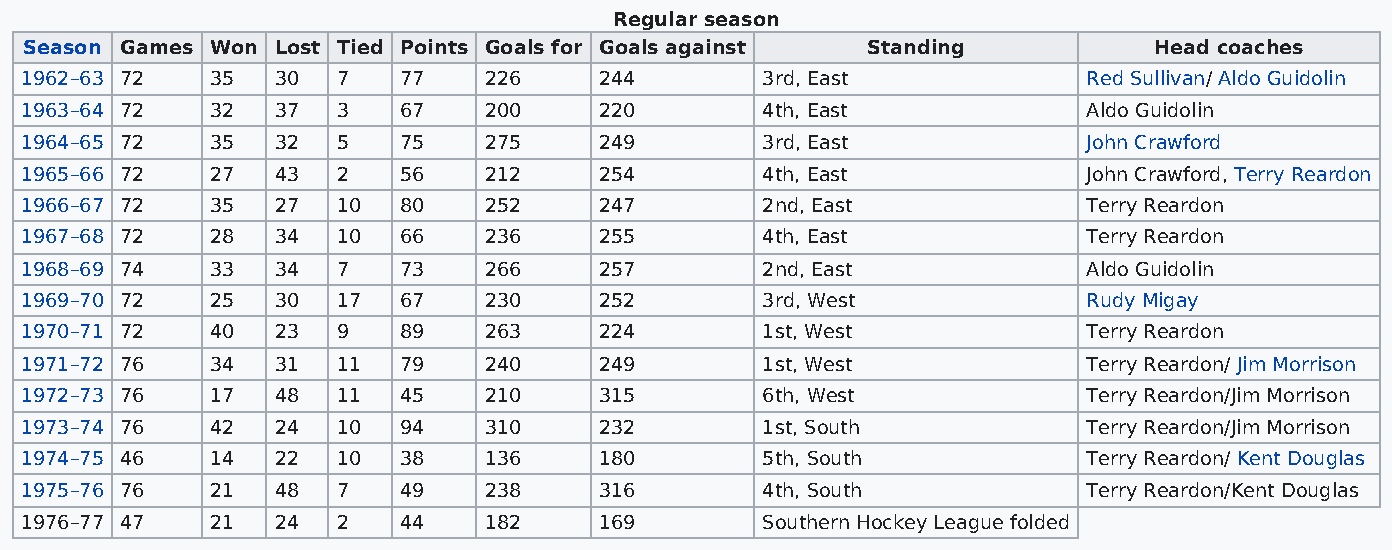
Regular season
 Season Games Won Lost Tied Points Goals for Goals against Standing        Head coaches
 1962–63 72   35  30  7   77    226     244       3rd, East             Red Sullivan/ Aldo Guidolin
 1963–64 72   32  37  3   67    200     220       4th, East             Aldo Guidolin
 1964–65 72   35  32  5   75    275     249       3rd, East             John Crawford
 1965–66 72   27  43  2   56    212     254       4th, East             John Crawford, Terry Reardon
 1966–67 72   35  27  10  80    252     247       2nd, East             Terry Reardon
 1967–68 72   28  34  10  66    236     255       4th, East             Terry Reardon
 1968–69 74   33  34  7   73    266     257       2nd, East             Aldo Guidolin
 1969–70 72   25  30  17  67    230     252       3rd, West             Rudy Migay
 1970–71 72   40  23  9   89    263     224       1st, West             Terry Reardon
 1971–72 76   34  31  11  79    240     249       1st, West             Terry Reardon/ Jim Morrison
 1972–73 76   17  48  11  45    210     315       6th, West             Terry Reardon/Jim Morrison
 1973–74 76   42  24  10  94    310     232       1st, South            Terry Reardon/Jim Morrison
 1974–75 46   14  22  10  38    136     180       5th, South            Terry Reardon/ Kent Douglas
 1975–76 76   21  48  7   49    238     316       4th, South            Terry Reardon/Kent Douglas
 1976–77 47   21  24  2   44    182     169       Southern Hockey League folded